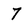
Character: 7